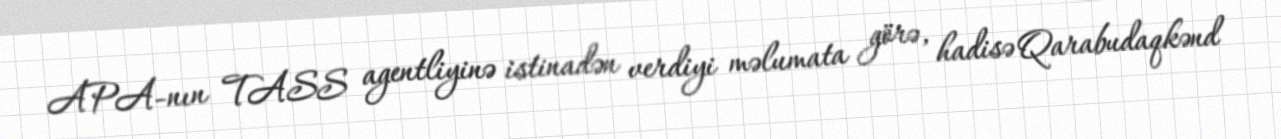
APA-nın TASS agentliyinə istinadən verdiyi məlumata görə, hadisə Qarabudaqkənd